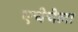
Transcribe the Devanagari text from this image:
एचेचेला